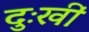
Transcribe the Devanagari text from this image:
दुःखीं